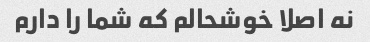
نه اصلا خوشحالم که شما را دارم